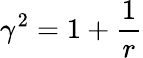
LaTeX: \gamma^{2}=1+\frac{1}{r}